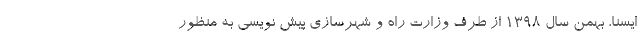
ایسنا، بهمن سال ۱۳۹۸ از طرف وزارت راه و شهرسازی پیش نویسی به منظور